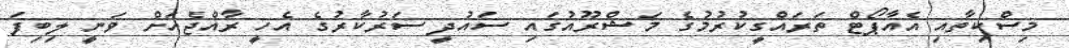
މިސްކިތާއި އެއާޕޯޓް ތަރައްގީކުރުމުގެ މަޝްރޫއުގައި ސައުދީ ސަރުކާރުގެ އެހީ ރާއްޖެއަށް ވަނީ ލިބިފަ